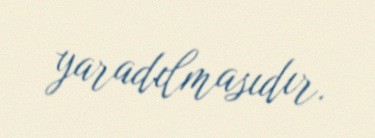
yaradılmasıdır.